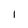
Character: I